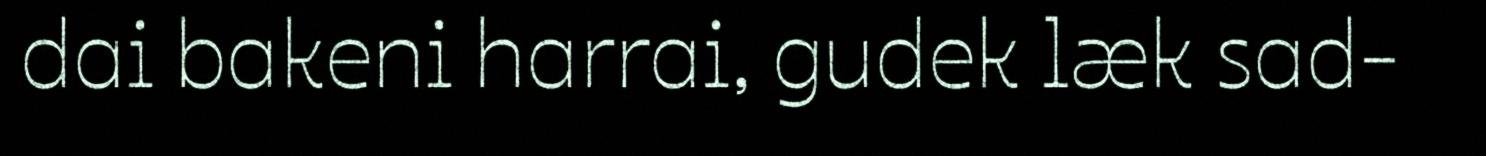
dai bakeni harrai, gudek læk sad-